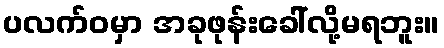
ပလက်ဝမှာ အခုဖုန်းခေါ်လို့မရဘူး။